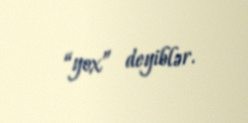
“yox” deyiblər.